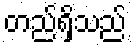
တည်ရှိသည်